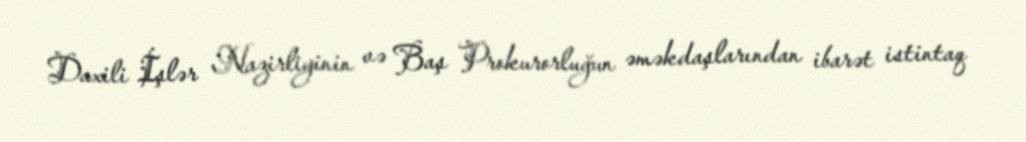
Daxili İşlər Nazirliyinin və Baş Prokurorluğun əməkdaşlarından ibarət istintaq